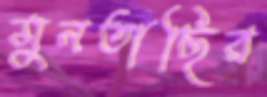
মুনতাছির